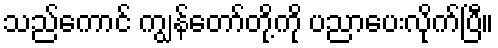
သည်ကောင် ကျွန်တော်တို့ကို ပညာပေးလိုက်ပြီ။